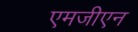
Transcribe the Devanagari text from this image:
एमजीएन